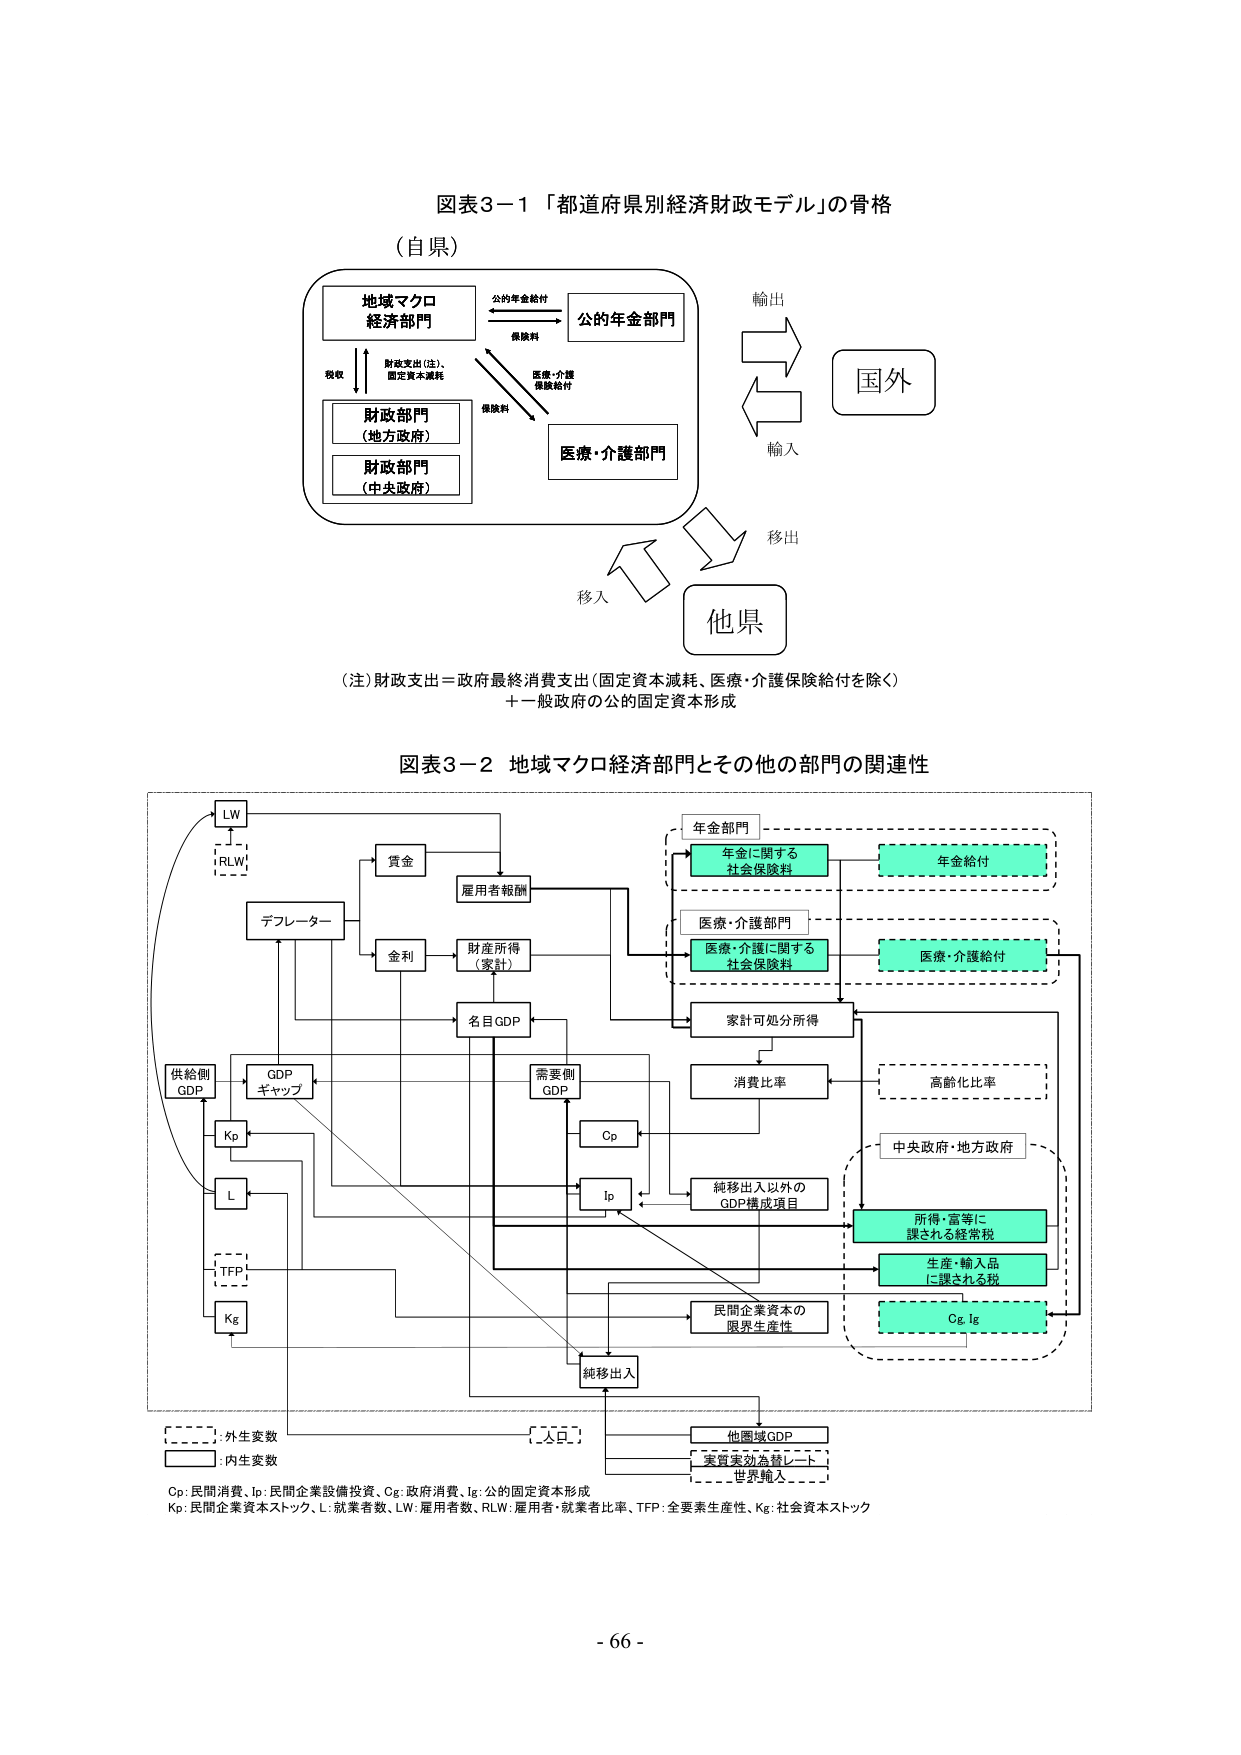
図表3－1 「都道府県別経済財政モデル」の骨格
（自県）
地域マクロ
経済部門
公的年金給付
公的年金部門
保険料
医療・介護
保険給付
財政部門
（地方政府）
財政支出（注）、
固定資本減耗
税収
保険料
医療・介護部門
財政部門
（中央政府）
輸出
国外
輸入
移出
他県
移入
（注）財政支出＝政府最終消費支出（固定資本減耗、医療・介護保険給付を除く）
＋一般政府の公的固定資本形成

図表3－2 地域マクロ経済部門とその他の部門の関連性
LW
RLW
賃金
雇用者報酬
年金部門
年金に関する
社会保険料
年金給付
医療・介護部門
医療・介護に関する
社会保険料
医療・介護給付
デフレーター
金利
財産所得
（家計）
名目GDP
家計可処分所得
消費比率
高齢化比率
供給側
GDP
GDP
ギャップ
需要側
GDP
Cp
Ip
純移出入以外の
GDP構成項目
中央政府・地方政府
所得・富等に
課される経常税
生産・輸入品
に課される税
Cg, Ig
Kp
L
TFP
Kg
民間企業資本の
限界生産性
純移出入
他地域GDP
実質実効為替レート
世界輸入
[----]: 外生変数
[----]: 内生変数
Cp: 民間消費、Ip: 民間企業設備投資、Cg: 政府消費、Ig: 公的固定資本形成
Kp: 民間企業資本ストック、L: 就業者数、LW: 雇用者数、RLW: 雇用者・就業者比率、TFP: 全要素生産性、Kg: 社会資本ストック
- 66 -